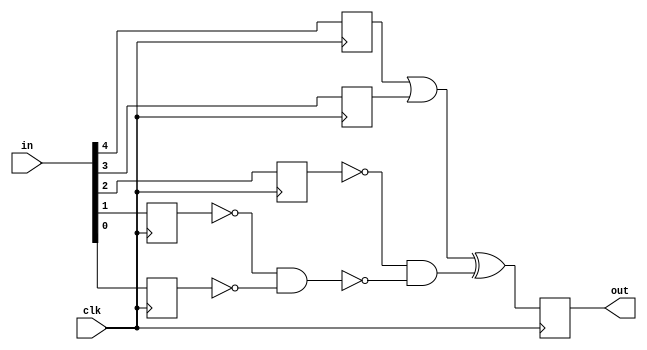
`timescale 1ns / 1ps
//////////////////////////////////////////////////////////////////////////////////
// Company: 
// Engineer: 
// 
// Design Name: 
// Module Name: var3
// Project Name: 
// Target Devices: 
// Tool Versions: 
// Description: 
// 
// Dependencies: 
// 
// Revision:
// Revision 0.01 - File Created
// Additional Comments:
// 
//////////////////////////////////////////////////////////////////////////////////


module var2(
    input clk,
    input [4:0] in,
    output reg out
    );
    
    reg x, y, z, k, l;
    
    always @(posedge clk)
    begin
    x <= in[4];
    y <= in[3];
    z <= in[2];
    k <= in[1];
    l <= in[0];
    out <= (x | y) ^ (~z & ~(~k & ~l));
    end

endmodule